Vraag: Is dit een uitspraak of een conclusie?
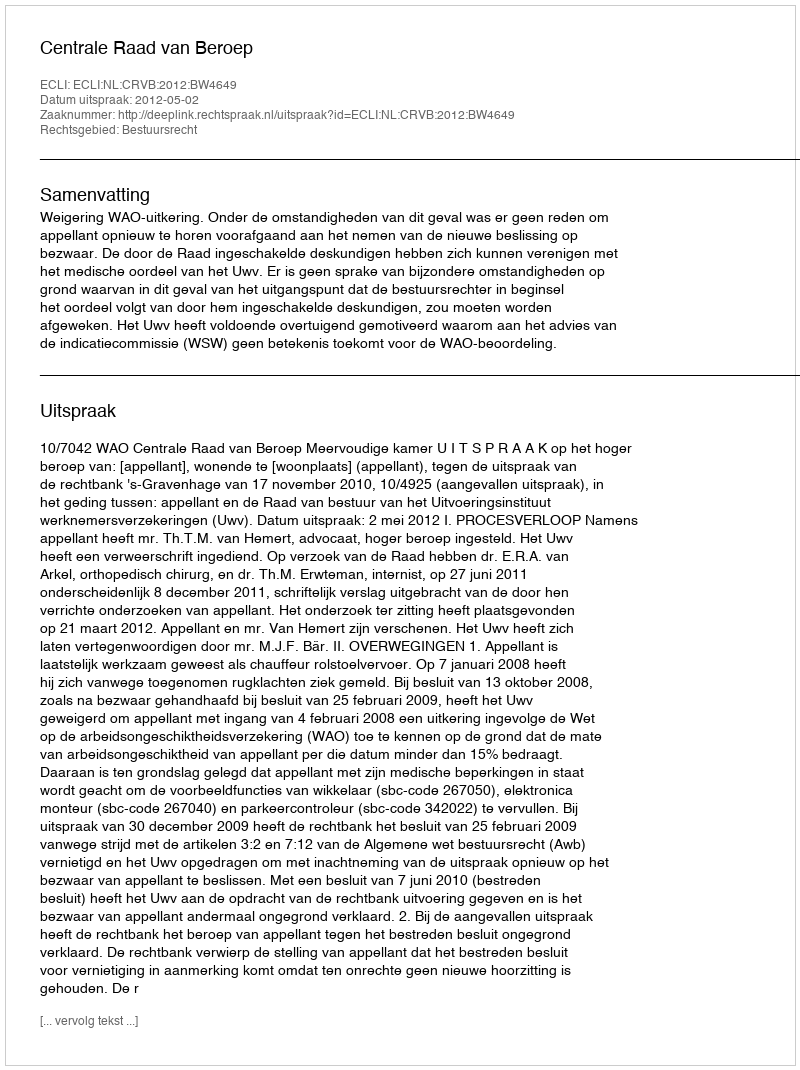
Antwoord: Uitspraak